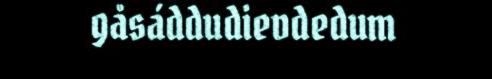
gåsáddudievdedum